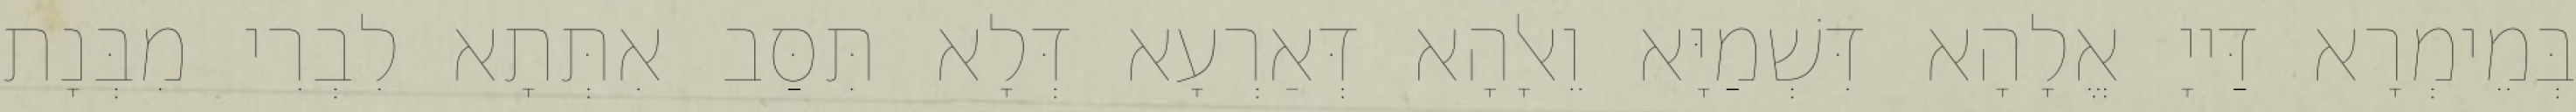
בְּמֵימְרָא דַּייָ אֱלָהָא דִּשְׁמַיָּא וֵאלָהָא דְּאַרְעָא דְּלָא תִּסַּב אִתְּתָא לִבְרִי מִבְּנָת